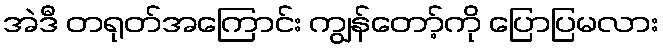
အဲဒီ တရုတ်အကြောင်း ကျွန်တော့်ကို ပြောပြမလား